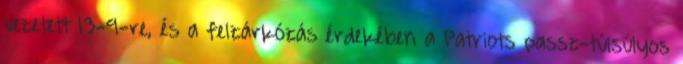
vezetett 13-9-re, és a felzárkózás érdekében a Patriots passz-túlsúlyos